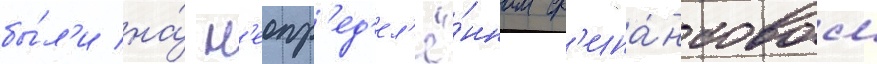
бы́л'и на́ н'еопр'ед'ел'ё́нном ф'ина́нсовом